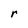
Character: r